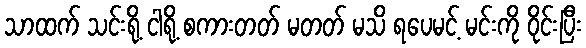
သာထက် သင်းရို့ ငါရို့ စကားတတ် မတတ် မသိ ရပေမင့် မင်းကို ဝိုင်းပြီး